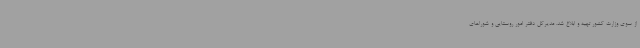
از سوی وزارت کشور تهیه و ابلاغ شد. مدیرکل دفتر امور روستایی و شوراهای